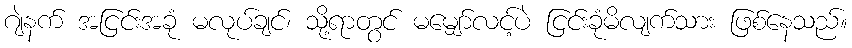
ဂျဲနက် အငြင်းအခုံ မလုပ်ချင်၊ သို့ရာတွင် မမျှော်လင့်ပဲ ငြင်းခုံမိလျက်သား ဖြစ်နေသည်။